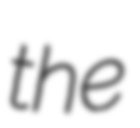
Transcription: the